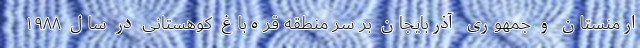
ارمنستان و جمهوری آذربایجان بر سر منطقه قره‌باغ کوهستانی در سال ۱۹۸۸